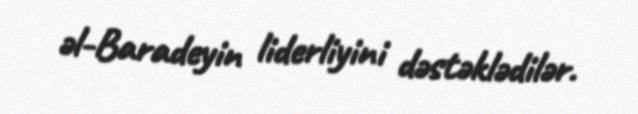
əl-Baradeyin liderliyini dəstəklədilər.